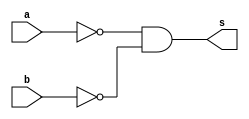
// ---------------------------------
// ------- Exercicio 05 - NOR -----
// Ana Carolina Conceio de Jesus
// ---------------------------------

// ---------------------------------
// --------- Nor gate -------------
// ---------------------------------

module norgateDeMorgan (output s, input a, input b);
 assign s = ((~a) & (~b));
endmodule 
 
// ------------------------
// -- test norDeMorgan gate
// -------------------------

module testnorDeMorgan;
//------------ dados locais
reg a,b;  
wire s;  

//----------- instancia
norgateDeMorgan NOR1 (s, a, b);
//--------- preparacao
initial begin:start
a = 0; b = 0;
end

//--------- parte principal
initial begin
	$display ("Exercicio05 - Ana Carolina - 449517 ");
	$display ("Test NorDeMorgan gate");
	$display ("\n (~(a)) & (~(b)) = s \n");
	
	$monitor(" (~(%b)) & (~(%b)) = %b", a, b, s);

#1 a = 0; b = 0;
#1 a = 0; b = 1;
#1 a = 1; b = 0;
#1 a = 1; b = 1;

end
endmodule